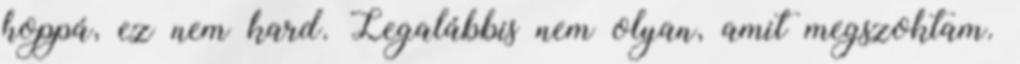
hoppá, ez nem kard. Legalábbis nem olyan, amit megszoktam.